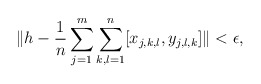
\begin{align*}\| h - \frac{1}{n}\sum_{j=1}^m \sum_{k,l=1}^n [x_{j,k,l}, y_{j,l,k}]\| < \epsilon,\end{align*}